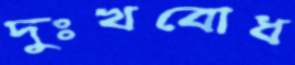
দুঃখবোধ